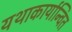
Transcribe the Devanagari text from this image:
यथाकार्यान्वित